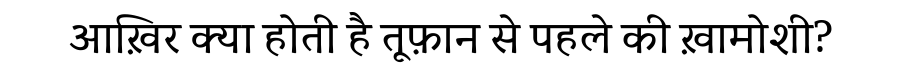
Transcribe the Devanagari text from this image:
आख़िर क्या होती है तूफ़ान से पहले की ख़ामोशी?